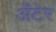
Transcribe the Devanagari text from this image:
अँटेर